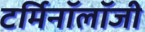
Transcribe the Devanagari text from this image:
टर्मिनॉलॉजी